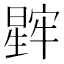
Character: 𬁖